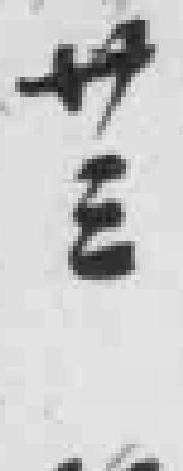
卅三